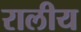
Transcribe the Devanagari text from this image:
रालीय